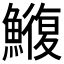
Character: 𮬑